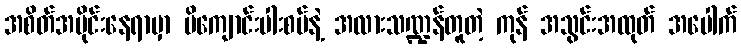
အစိတ်အပိုင်းနေရာမှာ မိကျောင်းပါးစပ်နဲ့ အလားသဏ္ဍန်တူတဲ့ ကုန် အသွင်းအထုတ် အပေါက်